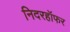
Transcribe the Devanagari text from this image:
निदरहॉफर